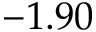
- 1 . 9 0